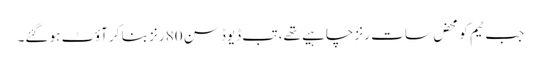
جب ٹیم کو محض سات رنز چاہیے تھے، تب ڈیوڈسن 80 رنز بنا کر آؤٹ ہو گئے۔